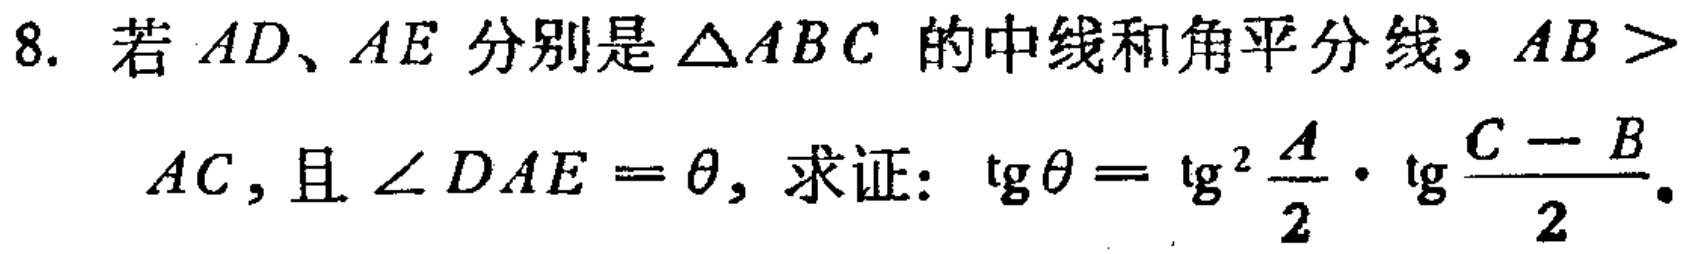
8. 若 \(AD、AE\) 分别是 \(\triangle ABC\) 的中线和角平分线，\(AB > AC\)，且 \(\angle DAE=\theta\)，求证：\(\text{tg}\theta = \text{tg}^{2}\frac{A}{2}\cdot \text{tg}\frac{C - B}{2}\)。